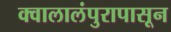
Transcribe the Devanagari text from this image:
क्वालालंपुरापासून